Tezpur Lunatic Asylum reports 1877-1894 - 1877-1894
Year: 1877
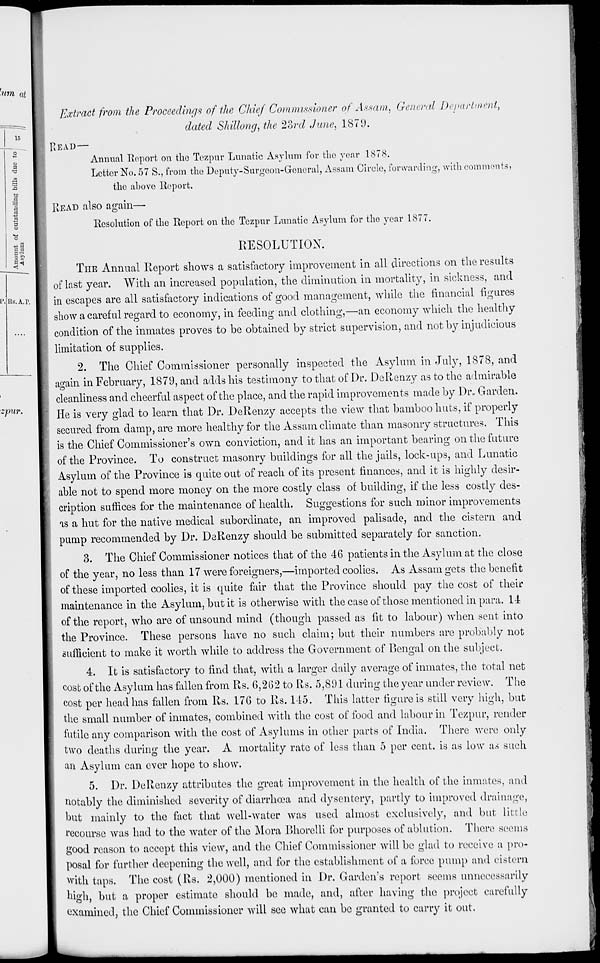
Extract from the Proceedings of the Chief Commissioner of Assam, General Department,
dated Shillong, the 2?jrd June, 1879.
READ—
Annual Report on the Tezpur Lunatic Asylum for tlio year 1878.
Letter No. 57 S., from the Deputy-Surgeon-General, Assam Circle, forwarding, with comments?
the above Report.
READ also again—
Resolution of the Report on the Tezpur Lunatic Asylum for the year 1877.
RESOLUTION.
THE Annual Report shows a satisfactory improvement in all directions on the results
of last year. With an increased population, the diminution in mortality, in sickness, and
in escapes are all satisfactory indications of good management, while the financial figures
show a careful regard to economy, in feeding and clothing,—an economy which the healthy
condition of the inmates proves to be obtained by strict supervision, and not by inj udicious
limitation of supplies.
2. The Chief Commissioner personally inspected the Asylum in July, 1878, and
again in February, 1879, and adds his testimony to that of Dr. DeRenzy as to the admirable
cleanliness and cheerful aspect of the place, and the rapid improvements made by Dr« Garden.
He is very glad to learn that Dr. DeRenzy accepts the view that bamboo huts, if properly
secured from damp, are more healthy for the Assam climate than masonry structures. This
is the Chief Commissioner's own conviction, and it has an important bearing on the future
of the Province. To construct masonry buildings for all the jails, lock-ups, and Lunatic
Asylum of the Province is quite out of reach of its present finances, and it is highly desir-
able not to spend more money on the more costly class of building, if the less costly des-
cription suffices for the maintenance of health. Suggestions for such minor improvements
is a hut for the native medical subordinate, an improved palisade, and the cistern and
pump recommended by Dr. DeRenzy should be submitted separately for sanction.
3. The Chief Commissioner notices that of the 46 patients in the Asylum at the close
of the year, no less than 17 were foreigners,—imported coolies. As Assam gets the benefit
of these imported coolies, it is quite fair that the Province should pay the cost of their
maintenance in the Asylum, but it is otherwise with the case of those mentioned in para. 1-1
of the report, who are of unsound mind (though passed as fit to labour) when sent into
the Province. These persons have no such claim; but their numbers are probably not
sufficient to make it worth while to address the Government of Bengal on the subject.
4. It is satisfactory to find that, with a larger daily average of inmates, the total net
cost of the Asylum has fallen from Rs. 6,2G2 to Rs. 5,891 during the year under review. The
cost per head has fallen from Rs. 17G to Rs. 115. This latter figure is still very high, but
the small number of inmates, combined with the cost of food and labour in Tezpur, render
futile any comparison with the cost of Asylums in other parts of India. There were only
two deaths during the year. A mortality rate of less than 5 per cent, is as low as such
an Asylum can ever hope to show.
5. Dr. DeRenzy attributes the great improvement in the health of the inmates, and
notably the diminished severity of diarrhoea and dysentery, partly to improved drainage,
but mainly to the fact that well-water was used almost exclusively, and but little
recourse was had to the water of the Mora Bhorelli for purposes of ablution. There seems
good reason to accept this view, and the Chief Commissioner will be glad to receive a pro-
posal for further deepening the well, and for the establishment of a force pump and cistern
with taps. The cost (Rs. 2,000) mentioned in Dr. Garden's report seems unnecessarily
high, but a proper estimate should be made, and, after having the project carefully
examined, the Chief Commissioner will see what can be granted to carry it out.